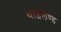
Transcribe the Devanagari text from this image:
थाईलेण्ड